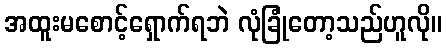
အထူးမစောင့်ရှောက်ရဘဲ လုံခြုံတော့သည်ဟူလို။